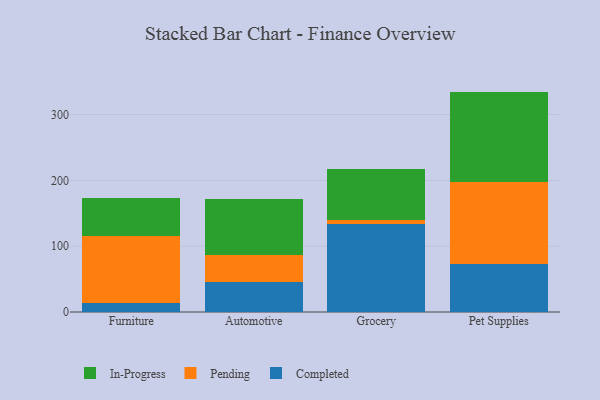
{"axis": {"x": "Category", "y": "Population (Million)"}, "legend": ["Completed", "In-Progress", "Pending"], "data": [{"x": "Furniture", "y": 13.5, "type": "Completed"}, {"x": "Furniture", "y": 101.8, "type": "Pending"}, {"x": "Furniture", "y": 57.5, "type": "In-Progress"}, {"x": "Automotive", "y": 45.0, "type": "Completed"}, {"x": "Automotive", "y": 41.3, "type": "Pending"}, {"x": "Automotive", "y": 84.9, "type": "In-Progress"}, {"x": "Grocery", "y": 134.0, "type": "Completed"}, {"x": "Grocery", "y": 6.1, "type": "Pending"}, {"x": "Grocery", "y": 76.7, "type": "In-Progress"}, {"x": "Pet Supplies", "y": 72.3, "type": "Completed"}, {"x": "Pet Supplies", "y": 124.6, "type": "Pending"}, {"x": "Pet Supplies", "y": 138.0, "type": "In-Progress"}]}